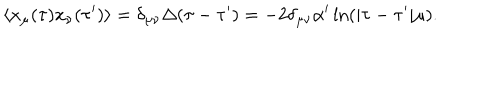
LaTeX: \langle x _ { \mu } ( \tau ) x _ { \nu } ( \tau ^ { \prime } ) \rangle = \delta _ { \mu \nu } \Delta ( \tau - \tau ^ { \prime } ) = - 2 \delta _ { \mu \nu } \alpha ^ { \prime } \ln ( | \tau - \tau ^ { \prime } | \mu ) .